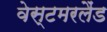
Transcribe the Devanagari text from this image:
वेस्टमरलैंड